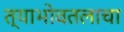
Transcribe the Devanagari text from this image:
त्याभोवतलाचा